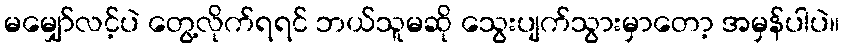
မမျှော်လင့်ပဲ တွေ့လိုက်ရရင် ဘယ်သူမဆို သွေးပျက်သွားမှာတော့ အမှန်ပါပဲ။